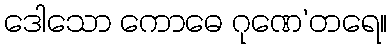
ဒေါသော ကောဓေ ဂုဏေ’တရေ။